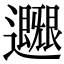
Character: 𨙐